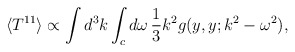
\begin{align*}\langle T^{11}\rangle \propto\int d^3k\int_cd\omega\,{1\over3}k^2g(y,y;k^2-\omega^2),\end{align*}